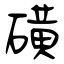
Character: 磺